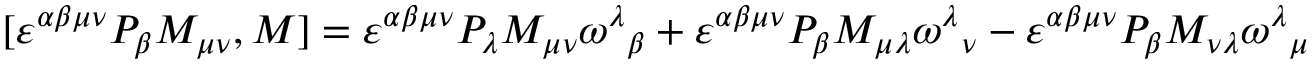
[ { \varepsilon ^ { \alpha \beta \mu \nu } } { P _ { \beta } } { M _ { \mu \nu } } , M ] = { \varepsilon ^ { \alpha \beta \mu \nu } } { P _ { \lambda } } { M _ { \mu \nu } } { \omega ^ { \lambda } } _ { \beta } + { \varepsilon ^ { \alpha \beta \mu \nu } } { P _ { \beta } } { M _ { \mu \lambda } } { \omega ^ { \lambda } } _ { \nu } - { \varepsilon ^ { \alpha \beta \mu \nu } } { P _ { \beta } } { M _ { \nu \lambda } } { \omega ^ { \lambda } } _ { \mu }